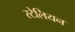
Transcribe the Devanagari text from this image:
स्टेलियन